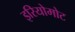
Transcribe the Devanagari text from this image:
इरियोमोट